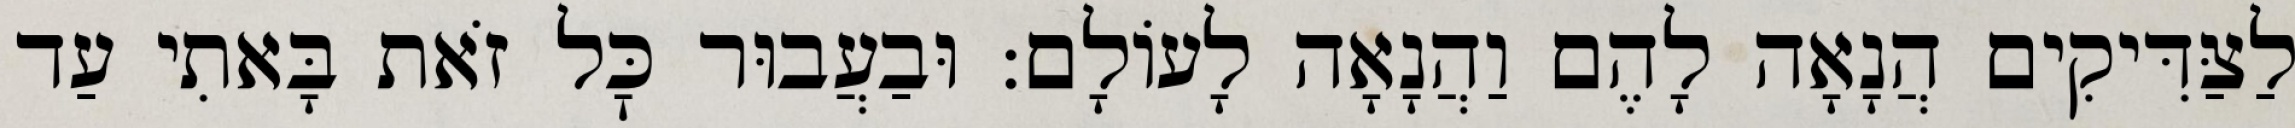
לַצַּדִּיקִים הֲנָאָה לָהֶם וַהֲנָאָה לָעוֹלָם: וּבַעֲבוּר כׇּל זֹאת בָּאתִי עַד